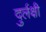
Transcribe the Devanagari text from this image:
दुर्लक्षी